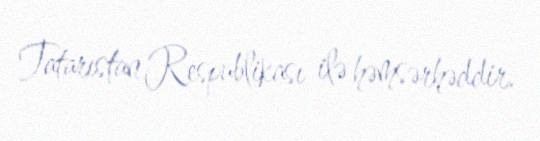
Tatarıstan Respublikası ilə həmsərhəddir.